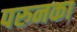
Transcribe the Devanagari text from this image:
परुनका